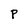
Character: P